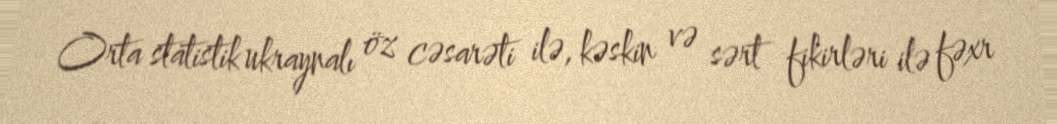
Orta statistik ukraynalı öz cəsarəti ilə, kəskin və sərt fikirləri ilə fəxr